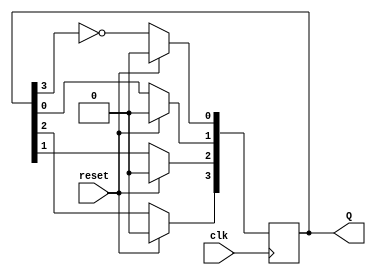
module JohnsonCounter (
    input wire clk,        // Clock input
    input wire reset,      // Synchronous reset
    output reg [3:0] Q     // 4-bit output representing the counter state
);

    always @(posedge clk) begin
        if (reset) begin
            Q <= 4'b0000;  // Initialize counter to 0000 on reset
        end else begin
            // Johnson counter state transition
            Q[0] <= ~Q[3];  // D0 takes the inverted value of Q3
            Q[1] <= Q[0];   // D1 takes the value of Q0
            Q[2] <= Q[1];   // D2 takes the value of Q1
            Q[3] <= Q[2];   // D3 takes the value of Q2
        end
    end

endmodule